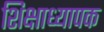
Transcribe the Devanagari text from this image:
शिक्षाध्यापक